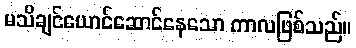
မသိချင်ယောင်ဆောင်နေသော ကာလဖြစ်သည်။